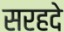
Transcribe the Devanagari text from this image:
सरहदे